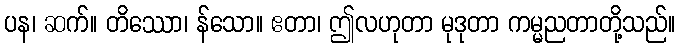
ပန၊ ဆက်။ တိဿော၊ န်သော။ ဧတာ၊ ဤလဟုတာ မုဒုတာ ကမ္မညတာတို့သည်။